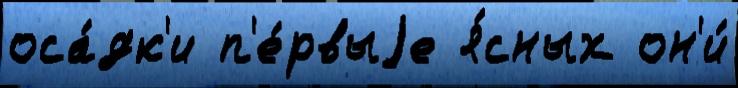
оса́дк'и п'е́рвыjе я́сных он'и́